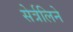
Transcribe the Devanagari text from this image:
सेर्त्रलिने